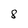
Character: 8